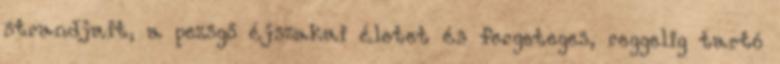
strandjait, a pezsgő éjszakai életet és fergeteges, reggelig tartó